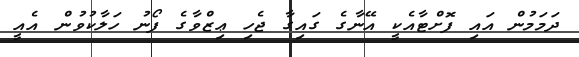
ދަމަމުން އައި ފޮށްޓާއެކީ އޭނާގެ ގައިގާ ޖެހި ޢިޒްވާގެ ފޯނު ހަލާކުވުން އެއީ